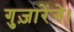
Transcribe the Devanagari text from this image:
गुज़ारेंगे।